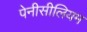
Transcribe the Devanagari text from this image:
पेनीसीलियम